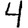
Digit: 4